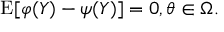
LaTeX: \operatorname { E } [ \varphi ( Y ) - \psi ( Y ) ] = 0 , \theta \in \Omega .